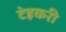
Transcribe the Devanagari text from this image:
टेहकरी